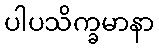
ပါပသိက္ခမာနာ